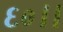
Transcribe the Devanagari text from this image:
६०।।